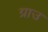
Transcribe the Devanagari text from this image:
ग्राउ